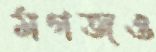
মগজও